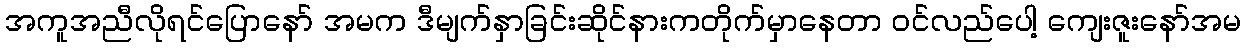
အကူအညီလိုရင်ပြောနော် အမက ဒီမျက်နှာခြင်းဆိုင်နားကတိုက်မှာနေတာ ဝင်လည်ပေါ့ ကျေးဇူးနော်အမ